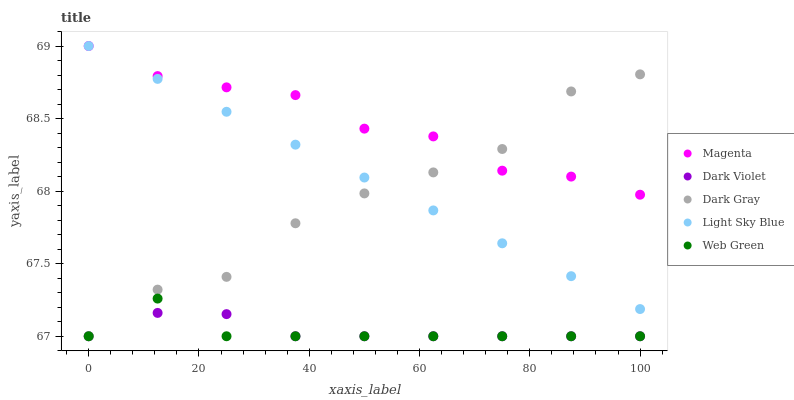
| xaxis_label | Magenta | Dark Violet | Dark Gray | Light Sky Blue | Web Green |
 | --- | --- | --- | --- | --- | --- |
 | 0 | 69 | 67 | 67 | 69 | 67 |
 | 12.5 | 68.8 | 67.2 | 67.3 | 68.8 | 67.3 |
 | 25 | 68.7 | 67.2 | 67.4 | 68.5 | 67 |
 | 37.5 | 68.7 | 67 | 67.8 | 68.3 | 67 |
 | 50 | 68.4 | 67 | 68 | 68.1 | 67 |
 | 62.5 | 68.4 | 67 | 68.1 | 67.9 | 67 |
 | 75 | 68.1 | 67 | 68.3 | 67.6 | 67 |
 | 87.5 | 68.1 | 67 | 68.7 | 67.4 | 67 |
 | 100 | 68 | 67 | 68.8 | 67.2 | 67 |